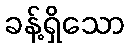
ခန့်ရှိသော